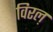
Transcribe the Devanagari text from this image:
विरल़